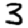
Digit: 3